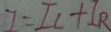
I = I _ { C } + I _ { R }